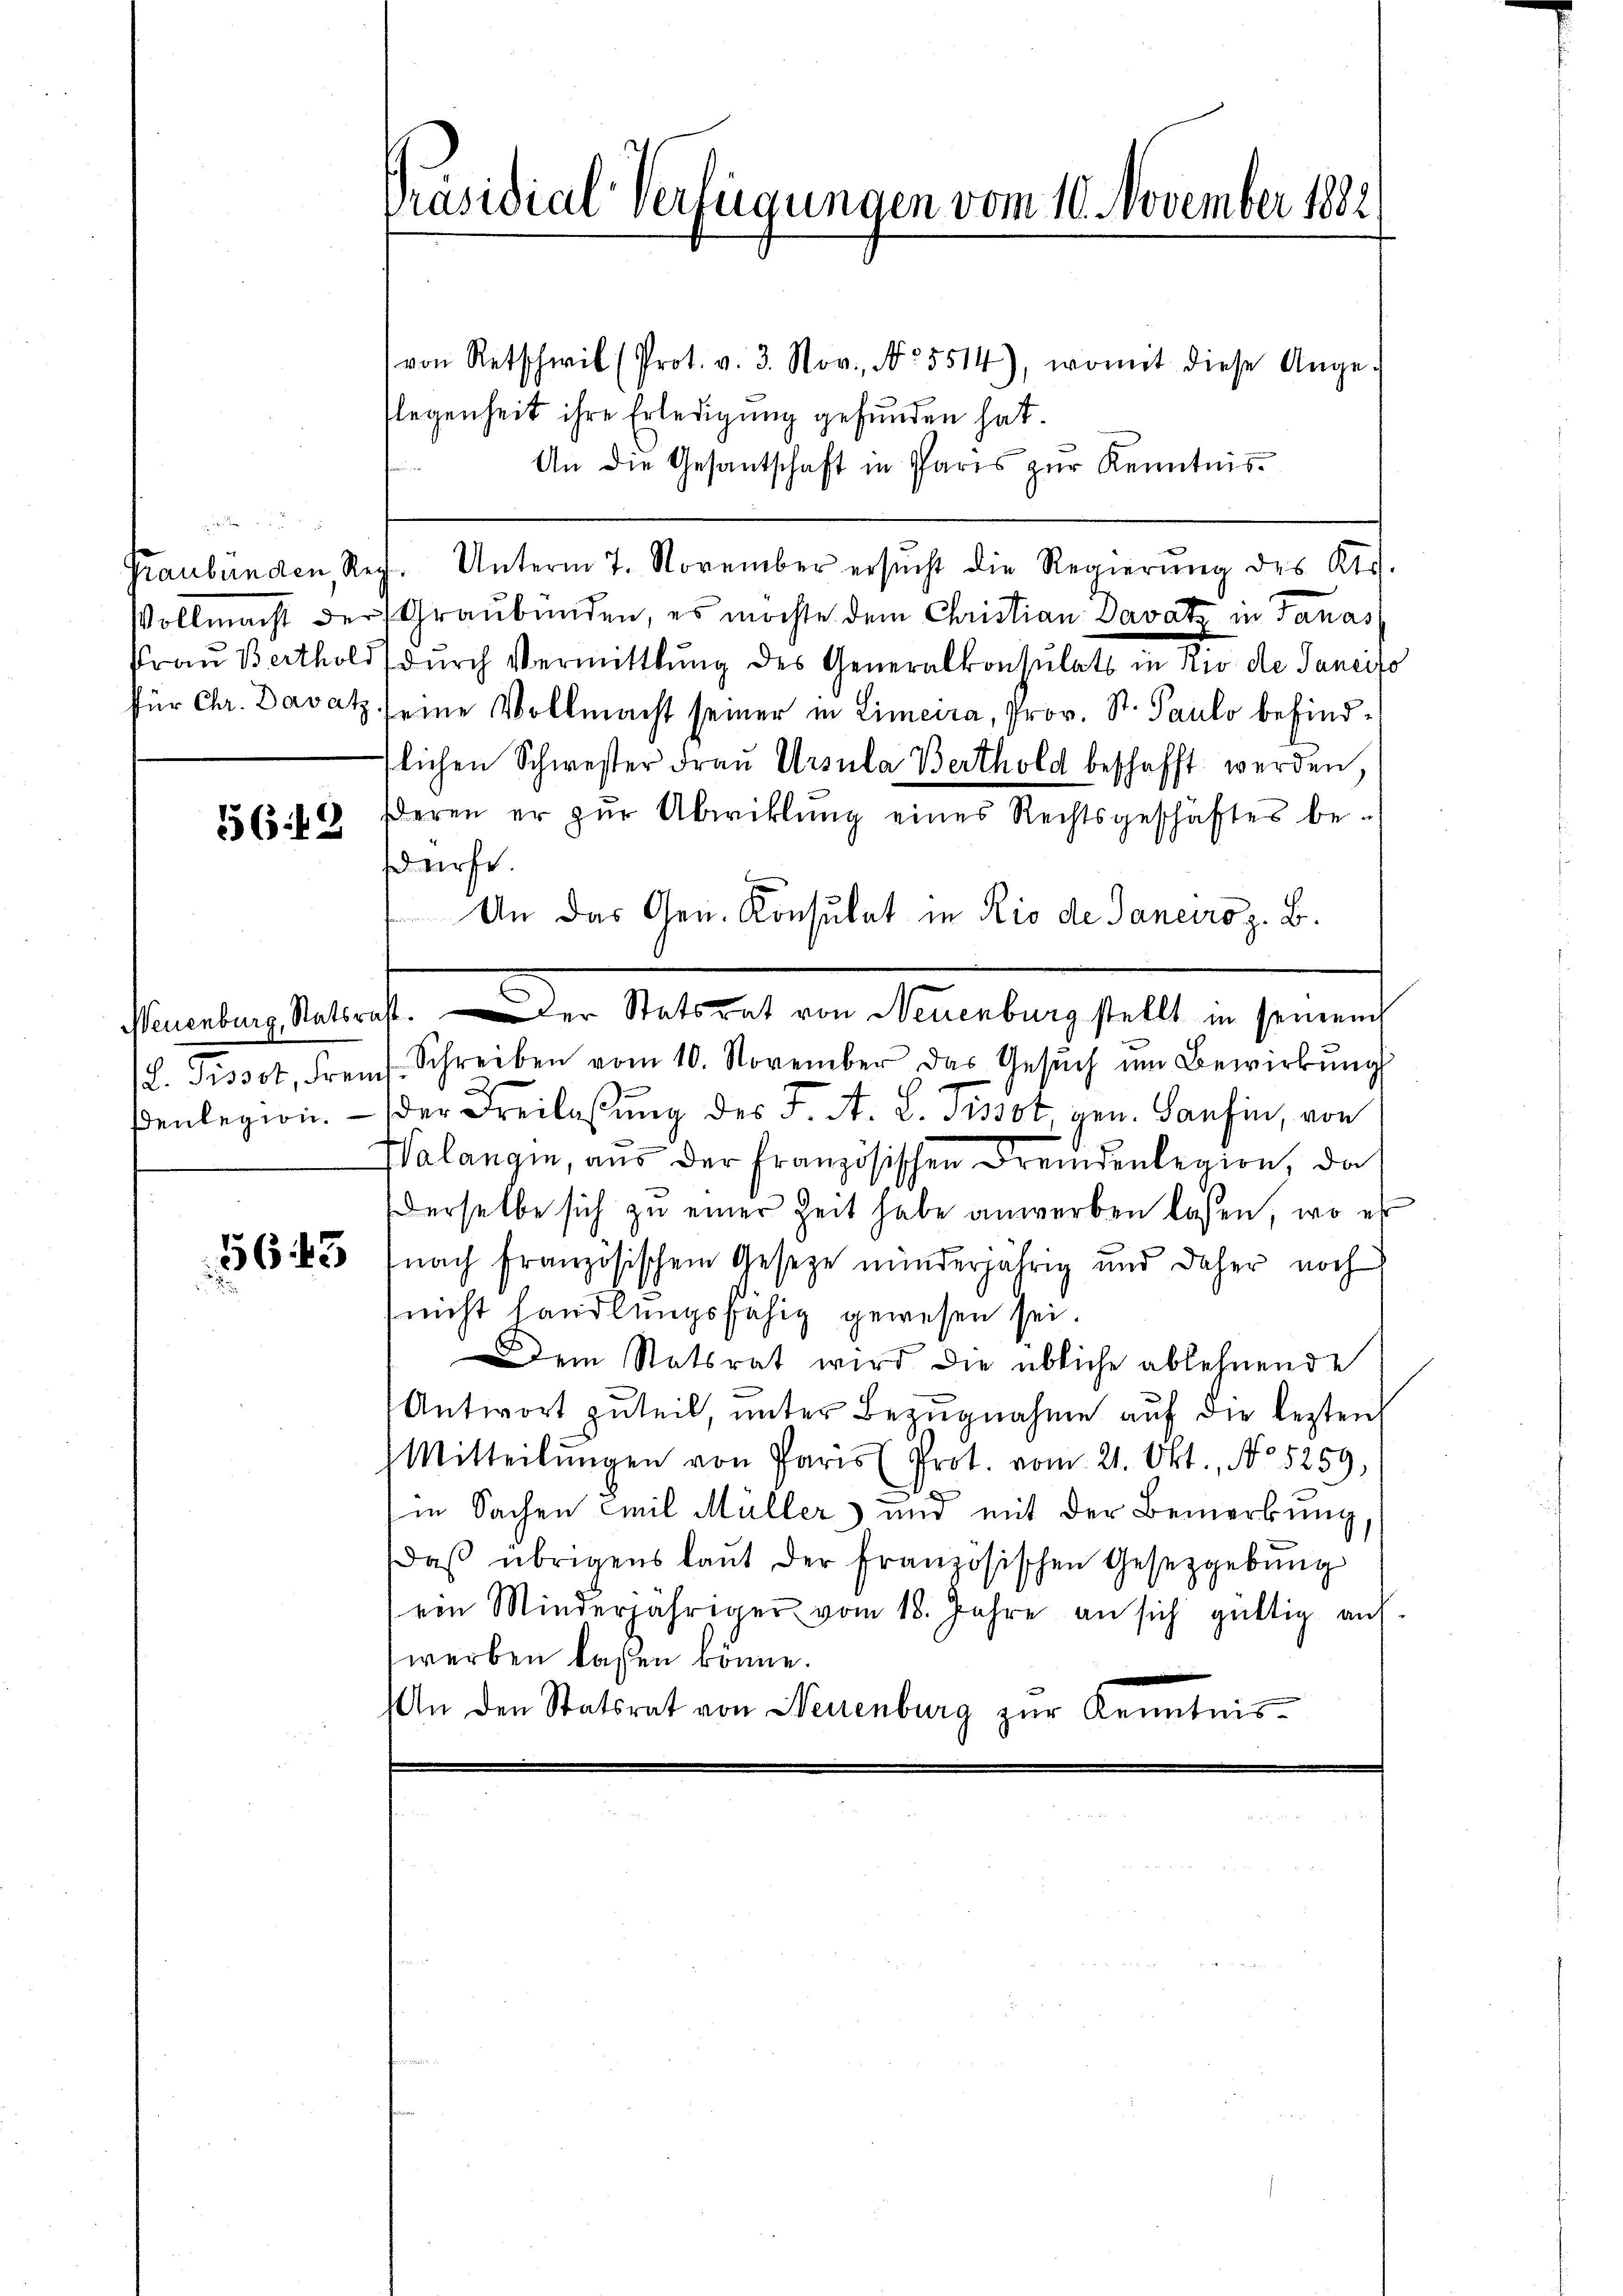
1649

Präsidial-Verfügungen vom 10. November 1882

von Retschwil (Prot. v. 3. Nov., No. 5514), womit diese Ange-
flegenheit ihre Erledigung gefunden hat.
An die Gesandtschaft in Paris zŭr Kenntnis¬
Graubünden, Reg. Unterm 7. November ersŭcht die Regierŭng des Kts.
Vollmacht der Graubünden, es möchte dem Christian Davatz in Tanas
Frau Berthold durch Vermittlung des Generalkonsulats in Rio de Janeifo
für Chr. Davatz seine Vollmacht seiner in Limeira, Prov. St. Paulo befindflichen Schwester Frau Ursula Berthold beschafft werden,
deren er zŭr Abwicklung eines Rechtsgeschäftes be-
dürfe.
An das Gen. Konsulat in Rio de Janeiroz. B.
L. Pissot, Frems. Schreiben vom 10. November das Gesŭch ŭm Bewirkŭng
enlegion. — Der Freilassŭng des J. A. L. Pissot, gen. Banfin, von
Walangin, aus der Französischen Fremdenlegion, da
derselbe sich zu einer Zeit habe anwerben lassen, wo es
3643 (nach französischem Geseze minderjährig und daher noch
(nicht handlungsfähig gewesen sei.
Dem Statsrat wird die übliche ablehnende
Antwort zuteil, unter Bezugnahme auf die lezten
Mitteilŭngen von Paris (Prot. vom 21. Okt., No 5259,
x
in Sachen Emil Müller und mit der Bemerkung,
Daβ übrigens laŭt der französischen Gesetzgebŭng
ein Minderjähriger vom 18. Jahre an sich gültig auf
werben lassen könne.
An den Statsrat von Neuenburg zur Kenntnis¬

nunters auch in der Natorial von Manenberg stellt in seinen